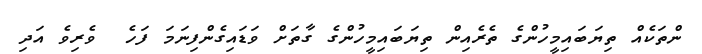
ންތަކެއް ތިޔަބައިމީހުންގެ ތެރެއިން ތިޔަބައިމީހުންގެ ގާތަށް ވަޑައިގެންފިނަމަ ފަހެ  ވެރިވެ އަދި